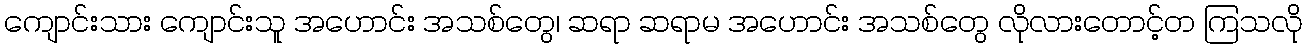
ကျောင်းသား ကျောင်းသူ အဟောင်း အသစ်တွေ၊ ဆရာ ဆရာမ အဟောင်း အသစ်တွေ လိုလားတောင့်တ ကြသလို